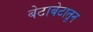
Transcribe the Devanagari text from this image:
बेटाबेटातून